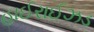
હાઈરાઈઝડ